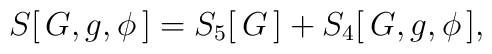
S[\,G,g,\phi\,]=S_5[\,G\,] + S_4[\,G,g,\phi\,],